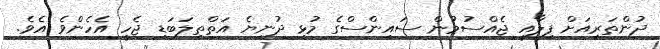
ދުންތަރިއަށް ފިލާއީ ޖެއްސުމުން ސައިންސްގެ މުޅި ދުނިޔެ އަތްތިލަބަޑި ޖެހީ އެހެންވެ އެވެ.